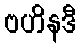
ဗဟိနဒီ